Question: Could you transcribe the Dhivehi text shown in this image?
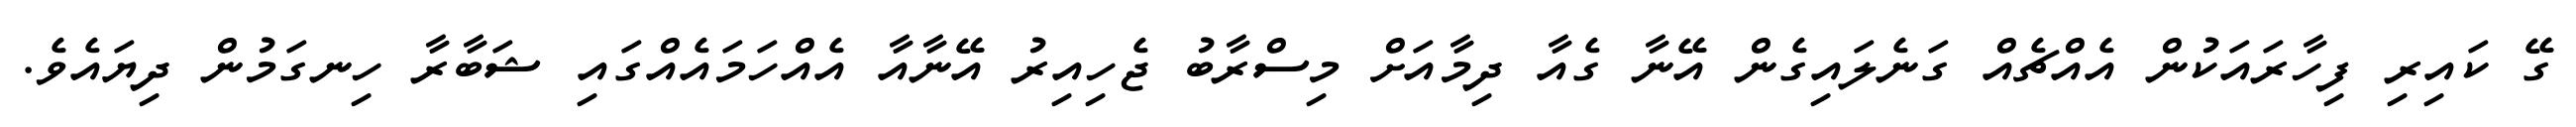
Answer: ގޭ ކައިރި ފިހާރައަކުން އެއްޗެއް ގަނެލައިގެން އޭނާ ގެއާ ދިމާއަށް މިސްރާބު ޖެހިއިރު އޭނާއާ އެއްހަމައެއްގައި ޝަބާރާ ހިނގަމުން ދިޔައެވެ.